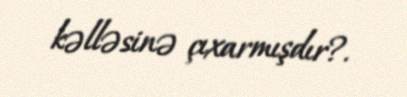
kəlləsinə çıxarmışdır?.